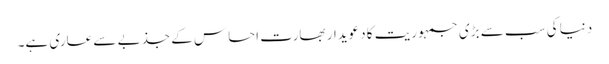
دنیا کی سب سے بڑی جمہوریت کا دعویدار بھارت احساس کے جذبے سے عاری ہے۔